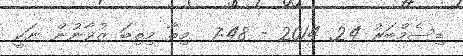
ޑިސެމްބަރު 24